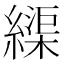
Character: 𦄽